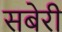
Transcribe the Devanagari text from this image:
सबेरी